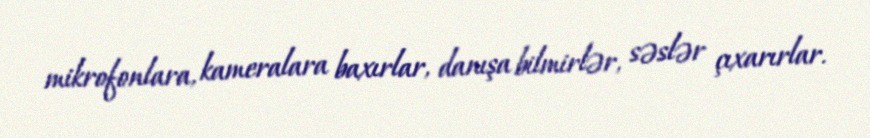
mikrofonlara, kameralara baxırlar, danışa bilmirlər, səslər çıxarırlar.